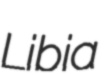
Libia